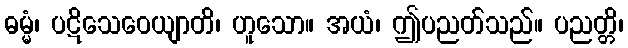
ဓမ္မံ၊ ပဋိသေဝေယျာတိ၊ ဟူသော။ အယံ၊ ဤပညတ်သည်။ ပညတ္တိ၊